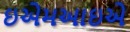
ઇએમઆઇએ